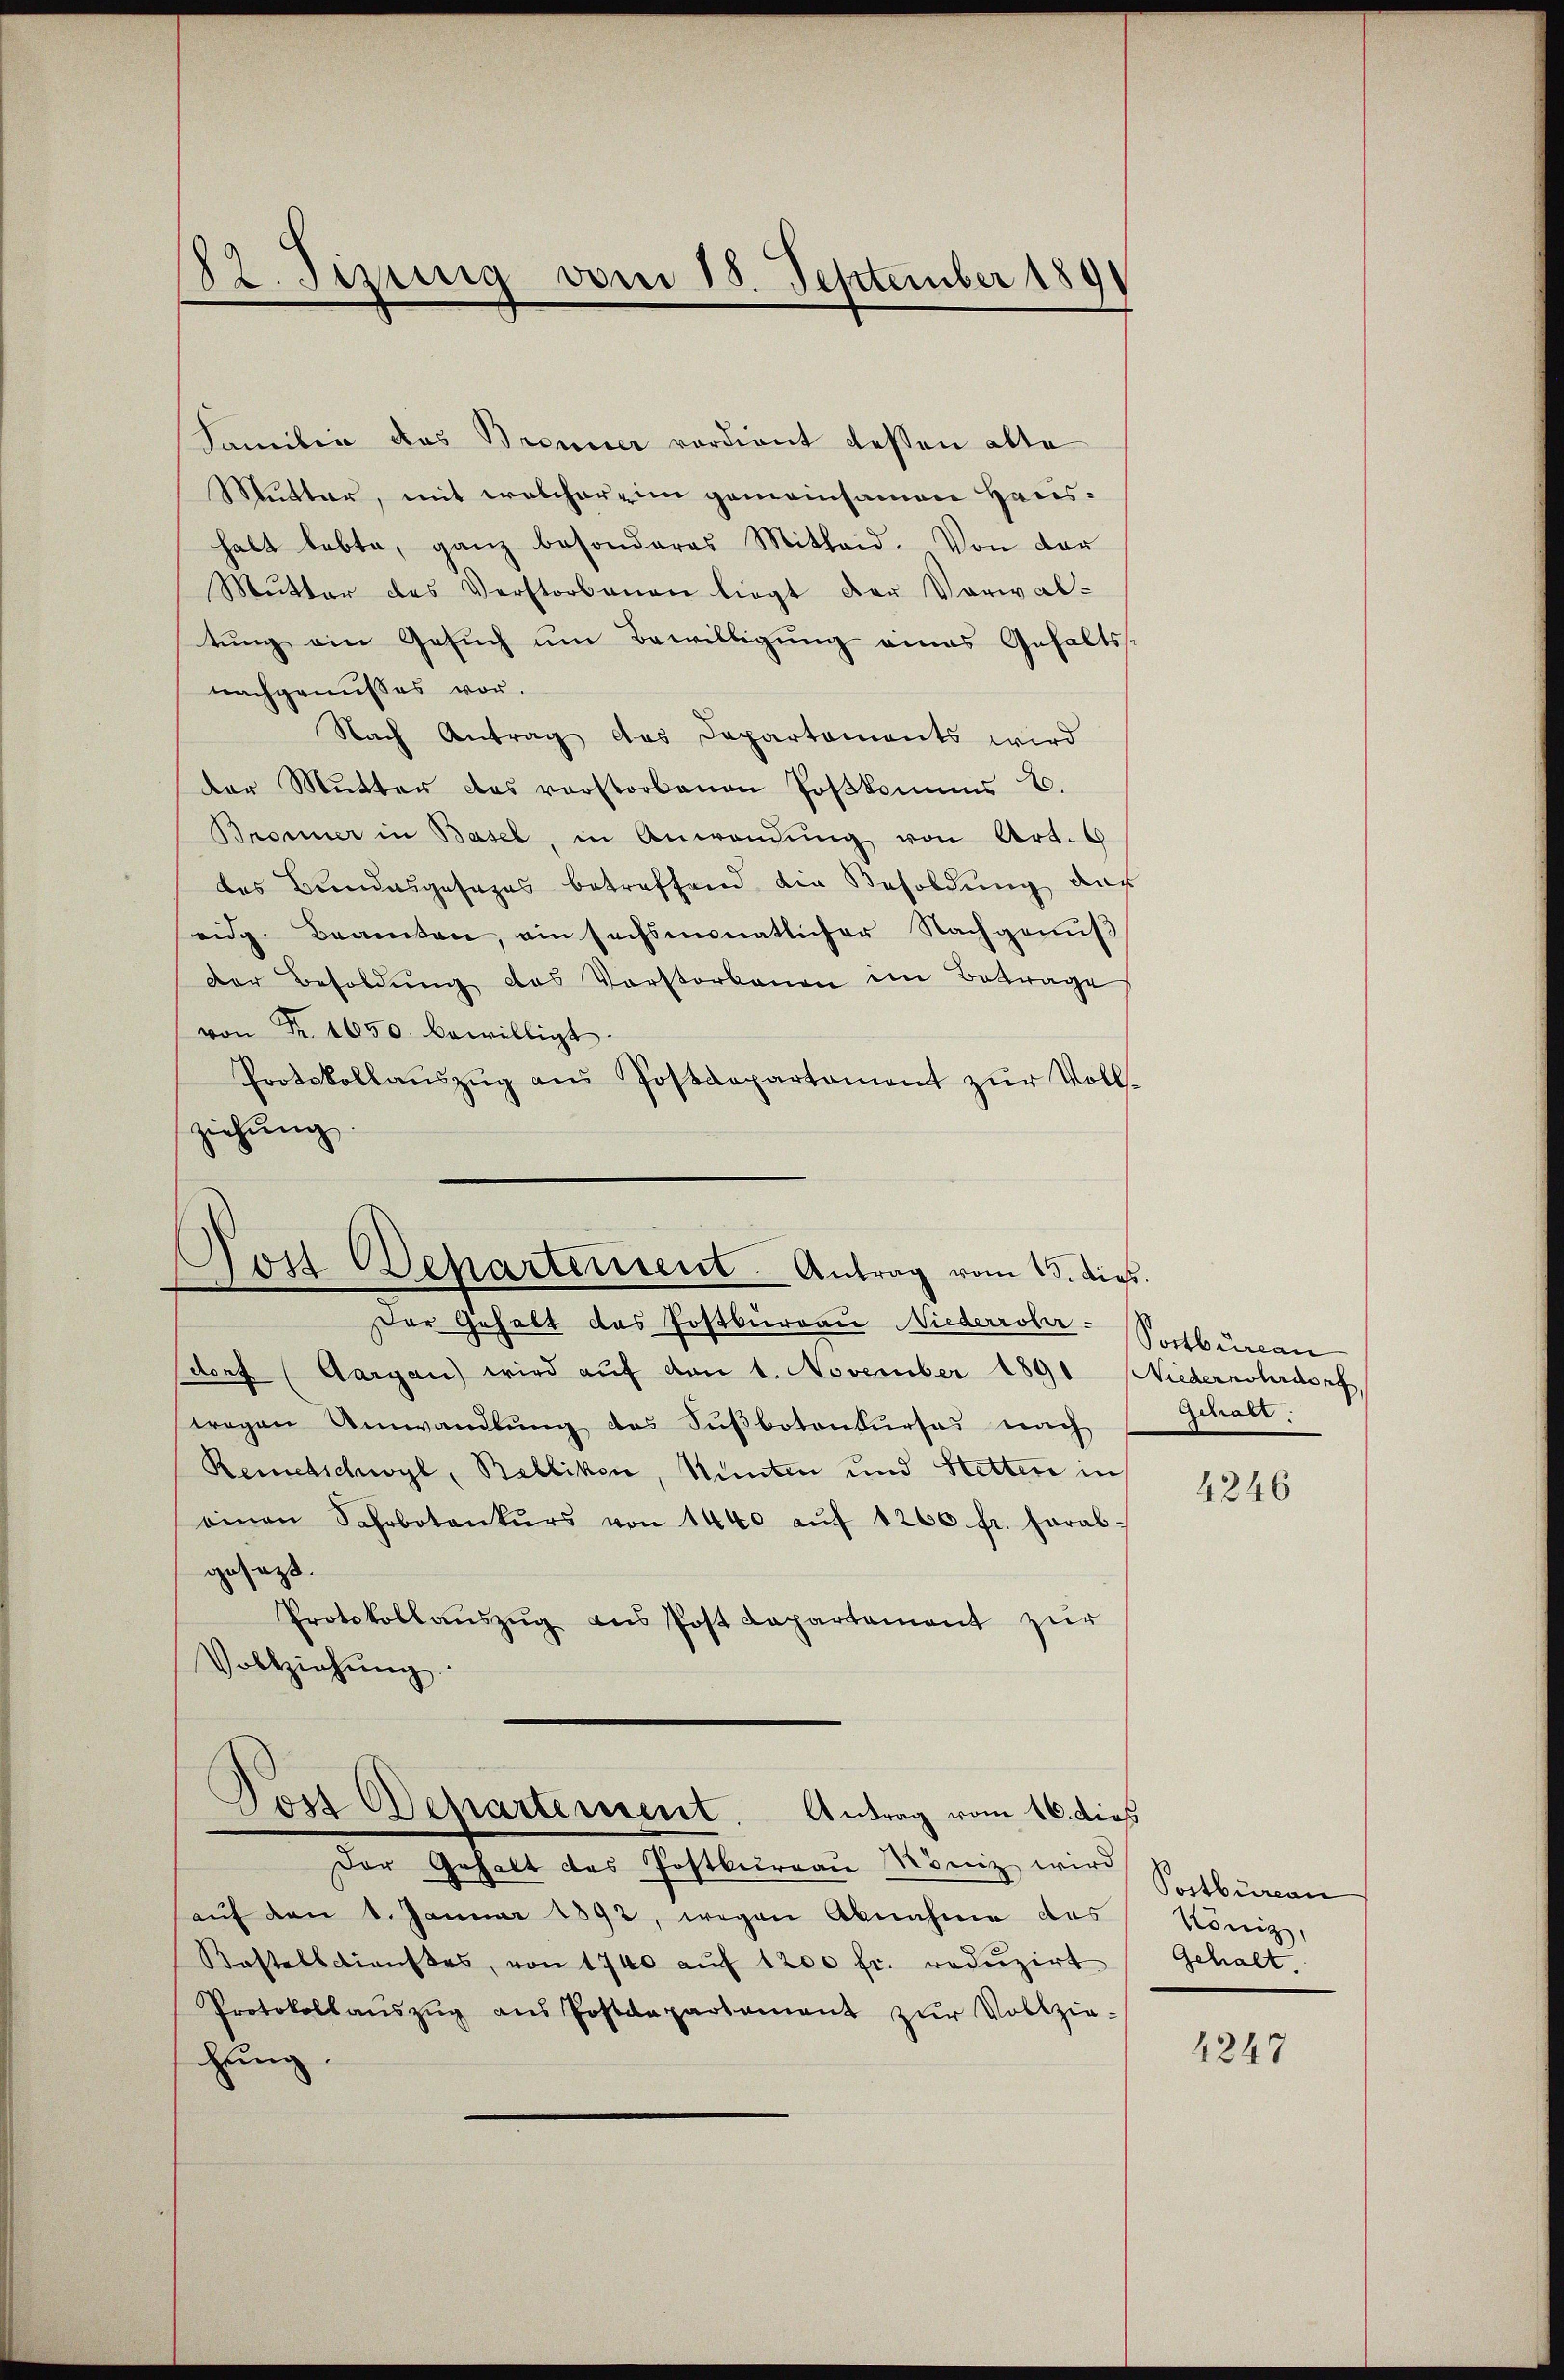
22. Jirung vom 18. September 1891

Familie das Brenner verdient dessen alte
Mutter, mit welcherein gemeinsamen Haushalt lebte, ganz besonderes Mitteid. Von der
Mŭtter des Verstorbenen liegt der Vorwal-
tŭng ein Gesŭch ŭm Bewilligung eines Gehalts-
nachgenusses vor.
Nach Antrag des Departaments wird
der Mutter das vorstorbenen Poskomme E.
Bronner in Basel, in Anwendung von Art. 6
des Bundesgesages betreffend die Besoldung das
eidg. Beamten, ein sechsmonatlicher Nachgenuß
Der Besoldŭng des Vorstorbenen im Betrage
von Fr. 1650. bewilligt.
Protokollaŭszŭg aŭs Postdepartament zŭr Voll-
ziehŭng.

Nost Departement. Antrag vom 15. dies

Der Gehalt des Postkŭrrau Köniz wird Selbüreau
auf den 1. Januar 1892, wegen Abnahme des
Kastelletienstes, von 1740 aŭf 1200 fr. redŭzirt
Protokollaŭszŭg ans Postdepartament zŭr Vollzie-
hung.

Der Gehalt das Postburgau Niederrohr-
dorf (Aargau) wird aŭf den 1. November 1891 Niedernohrdorf,
wegen Umwandlung des Fußbotonkurses nach
Reinetschwyl, Balliken, unten und Stettere in
einen Fahrbotankŭrs von 1440 aŭf 1200 fr. herab-
gesagt.
Protokollaŭszŭg ans Post Lapartement zur
Vollziehŭng

Dos Departement. Antrag vom 16. dieß

Poctbureau
Schaft

4246

König,
Gehalt.

4247